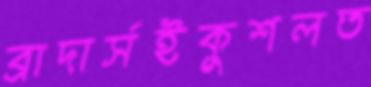
ব্রাদার্সইকুশলত